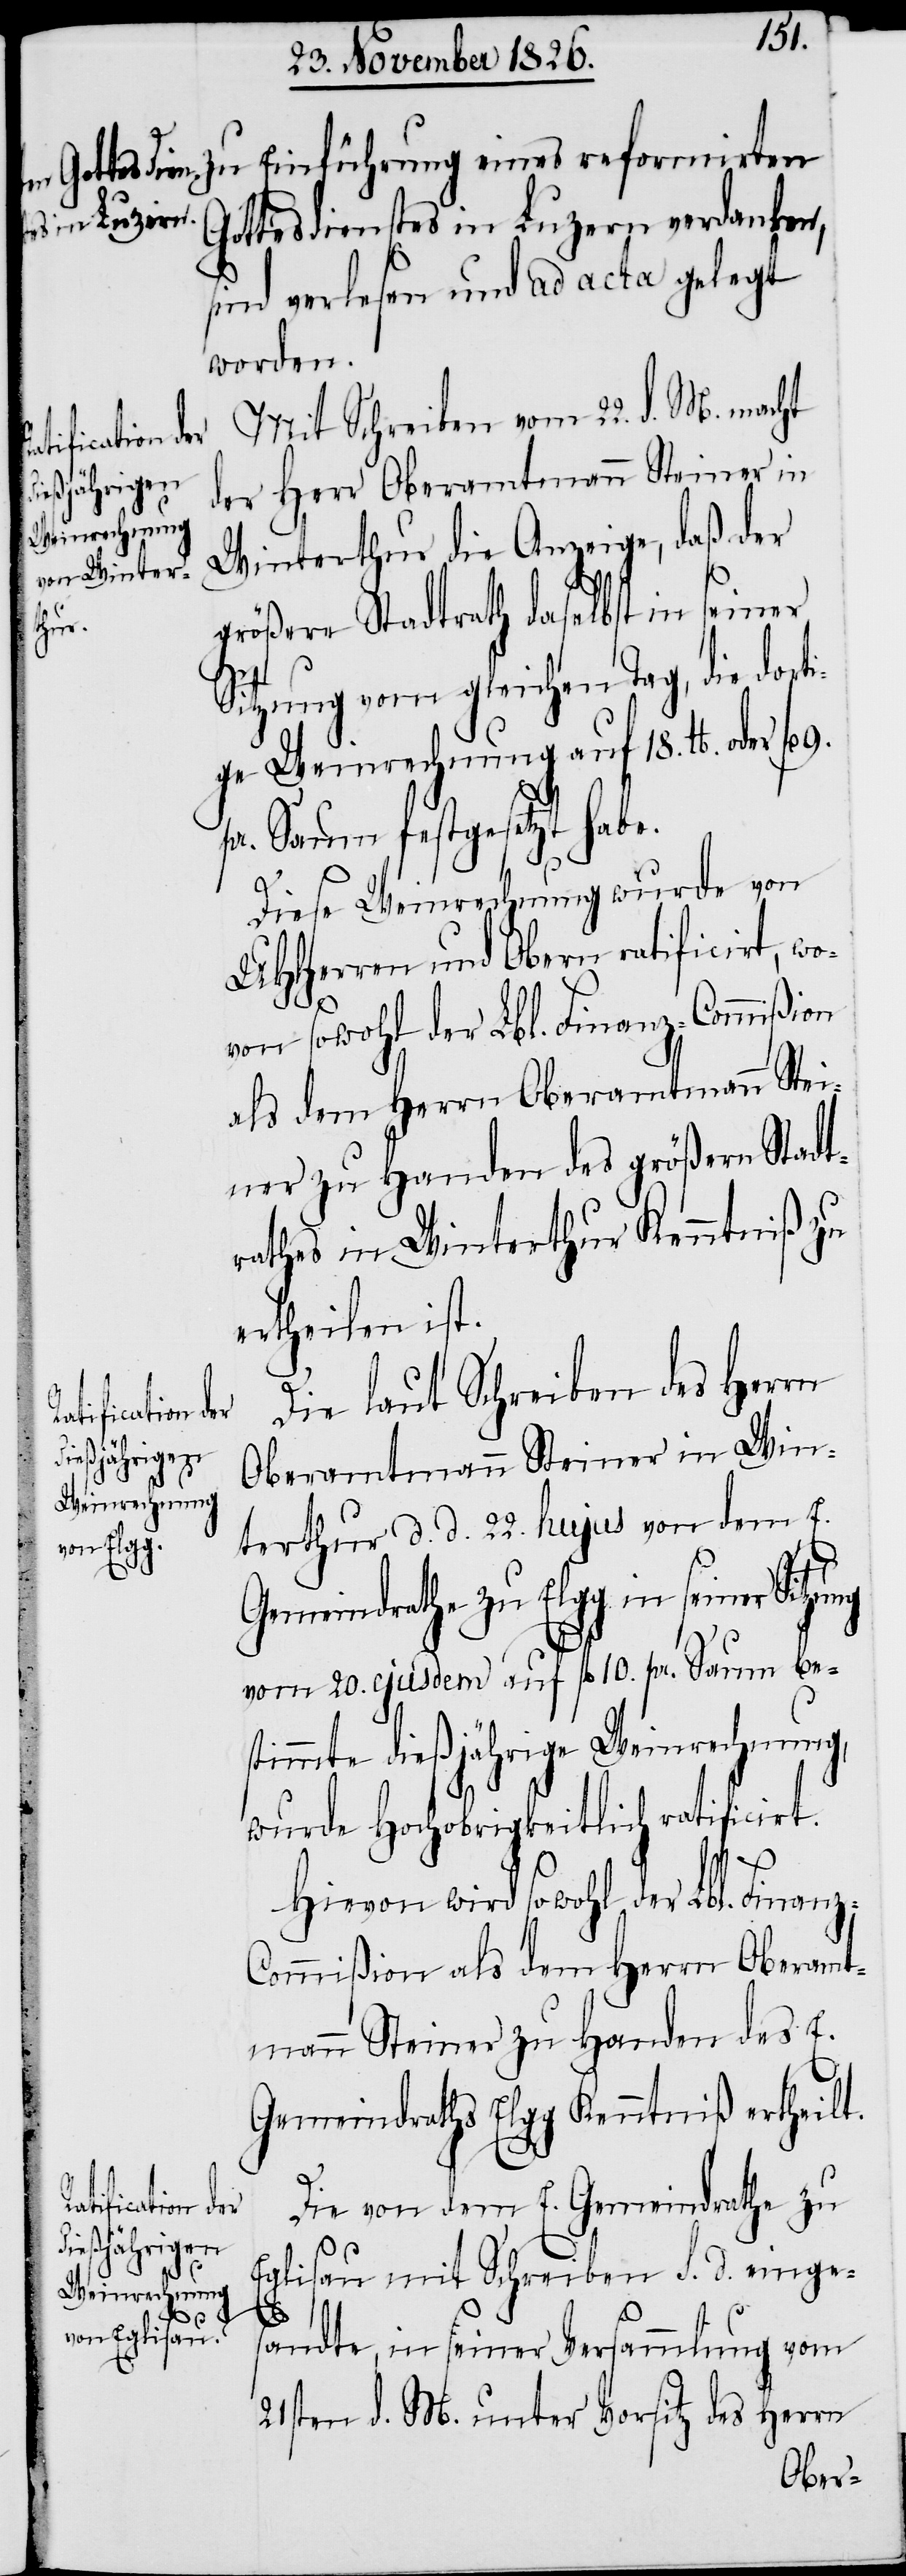
zung
hujus einge¬
z-C¬

zu Einführung eines reformirten
Gottesdienstes in Luzern verdanken,
sind verlesen und ad acta gelegt
worden.
Mit Schreiben vom 22. d. M. macht
der Herr Oberamtmann Steiner in
Winterthur die Anzeige, daß der
größere Stadtrath daselbst in seiner
Sitzung vom gleichen Tag, die dort¬
ige Weinrechnung auf 18. lb. oder
pr. Saum festgesetzt habe.
Diese Weinrechnung wurde von
UHHerren und Obern ratificirt, wo¬
von sowohl der Lbl. Finanz-Commißion
als dem Herrn Oberamtmann Stei¬
ner zu Handen des größern Stadt¬
rathes in Winterthur Kenntniß zu
ertheilen ist.
Die laut Schreiben des Herrn
Oberamtmann Steiner in Win¬
terthur d. d. 22. hujus von dem E.
Gemeindrathe zu Elgg in seiner Sit¬
vom 20. ejusdem auf fl. 10. pr. Saum be¬
stimmte dießjährige Weinrechnung,
wurde Hochobrigkeitlich ratificirt.
Hievon wird sowohl der Lbl. Finan¬
ommißion als dem Herrn Oberamt¬
mann Steiner zu Handen des E.
Gemeindraths Elgg Kenntniß ertheilt.
Die von dem E. Gemeindrathe zu
Eglisau mit Schreiben d. d. 22
sandte, in seiner Versammlung vom
21sten d. M. unter Vorsitz des Herrn